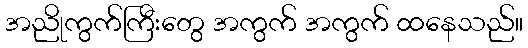
အညိုကွက်ကြီးတွေ အကွက် အကွက် ထနေသည်။